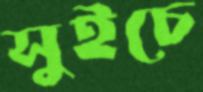
সুইচে